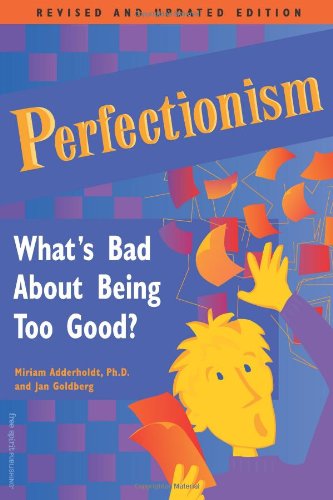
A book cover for Perfectionism: What's Bad About Being Too Good; Miriam Adderholdt Ph.D.; Teen & Young Adult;